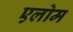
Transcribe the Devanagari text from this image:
एलोम